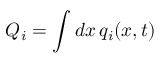
Q _ { i } = \int d x \, q _ { i } ( x , t )